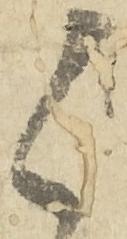
候